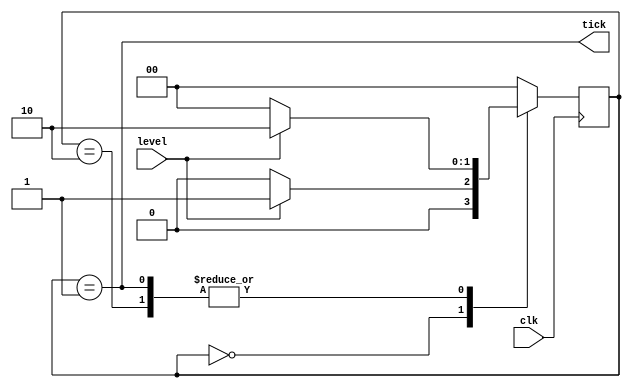
// Detects a positive edge from an input

// Credit to Digital Design 1 Lab at The American University in Cairo for the following code

module risingEdgeDetector(clk, level, tick);
    input wire clk;
    input wire level;
    output wire tick;

    reg [1:0] state, nextState;
    reg nextOut;
    localparam [1:0] zero=2'b00, positiveEdge=2'b01, one=2'b10;//localparam is not supported by vivado
    
    always @ (level or state)
    case (state)
        zero: if (level==0) nextState = zero;
            else nextState = positiveEdge;
        positiveEdge: if (level==0) nextState = zero;
            else nextState = one;
        one: if (level==0) nextState = zero;
            else nextState = one;
        default: nextState = zero;
    endcase
    
    always @ (posedge clk ) begin
        state <= nextState;
    end
    assign tick = (state==positiveEdge);
endmodule